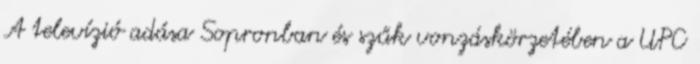
A televízió adása Sopronban és szűk vonzáskörzetében a UPC